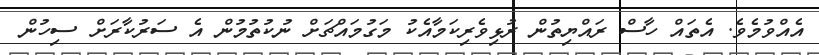
އެއްވުމެވެ. އެތައް ހާސް ރައްޔިތުން ރުޅިވެރިކަމާއެކު މަގުމައްޗަށް ނުކުތުމުން އެ ސަރުކާރަށް ސިހުން